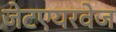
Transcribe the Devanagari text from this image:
जेटएयरवेज